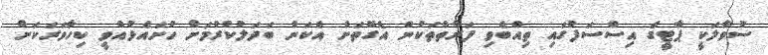
ސުވާލަކީ ޕާޓީގެ އިސްސަފުގައި ތިއްބެވި ފަރާތްތަކުން އެގޮތަށް އެކަން ބަދަލުކުރުމަށް ހުށައެޅުއްވީ ކިހާވަރަކަށް